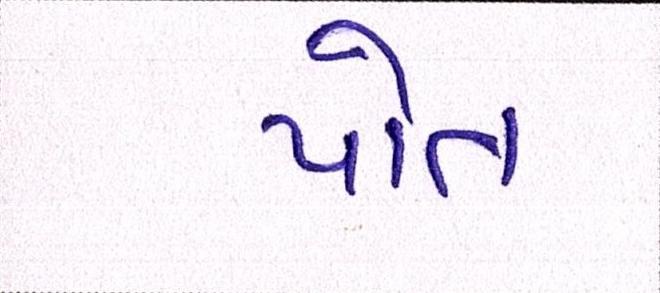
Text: પોત